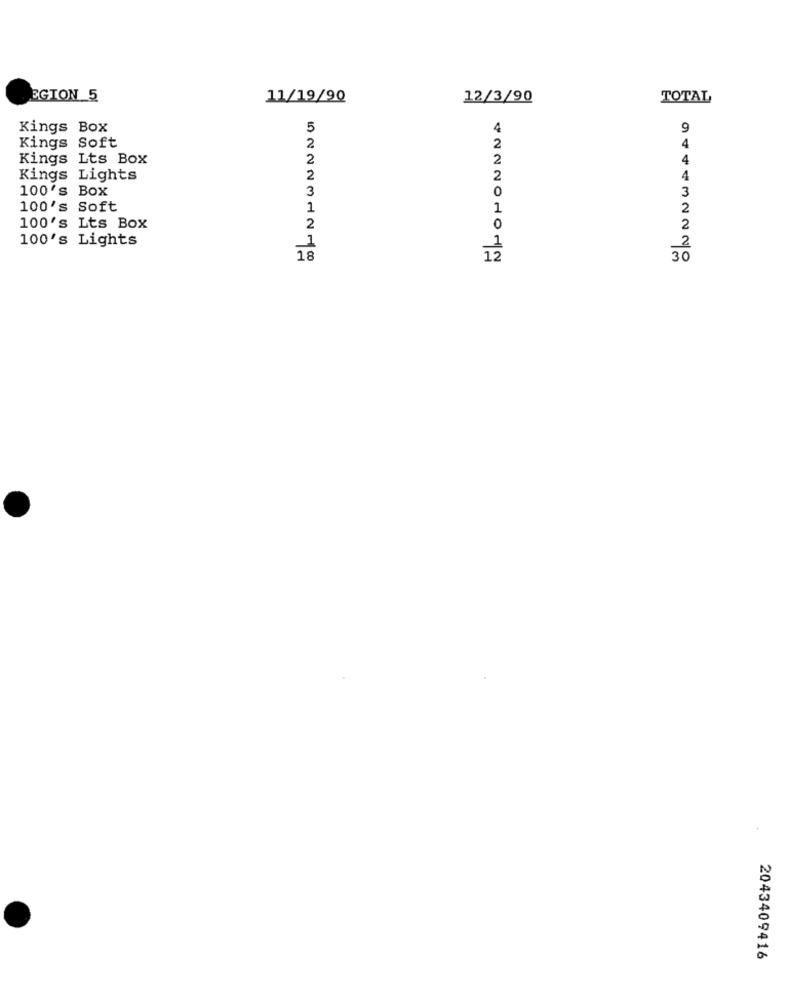
EGION 5
11/19/90
12/3/90
TOTAL
Kings Box
5
4
9
Kings Soft
2
4
Kings Lts Box
2
2
4
Kings Lights
2
2
4
100's Box
0
3
3
100's Soft
1
1
2
100's Lts Box
2
0
2
100's Lights
_1
2
18
30
2043409416